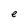
Character: e